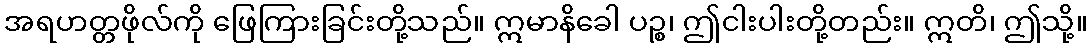
အရဟတ္တဖိုလ်ကို ဖြေကြားခြင်းတို့သည်။ ဣမာနိခေါ ပဉ္စ၊ ဤငါးပါးတို့တည်း။ ဣတိ၊ ဤသို့။